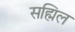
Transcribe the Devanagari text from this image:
सह्मिल